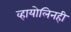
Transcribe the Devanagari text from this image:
व्हायोलिनही